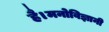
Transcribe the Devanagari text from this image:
है।मनोविज्ञानी